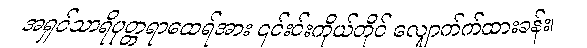
အရှင်သာရိပုတ္တရာထေရ်အား ၎င်းင်းကိုယ်တိုင် လျှောက်က်ထားခန်း၊